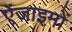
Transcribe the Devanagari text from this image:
ऐंजाइमों